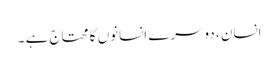
انسان ، دوسرے انسانوں کا محتاج ہے ۔